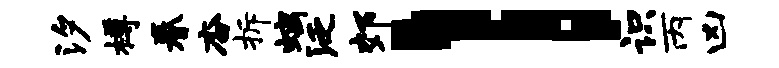
汐樽眷杳拆螭泛郊l识丙凶